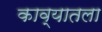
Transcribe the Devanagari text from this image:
काव्यातला